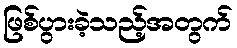
ဖြစ်ပွားခဲ့သည့်အတွက်